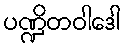
ပဏ္ဍိတဝါဒေါ